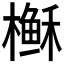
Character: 𰘶